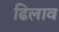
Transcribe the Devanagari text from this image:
ढिलाव